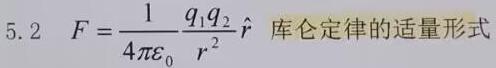
5.2 $F = \frac{1}{4\pi\varepsilon_0} \frac{q_1q_2}{r^2} \hat{r}$ 库仑定律的适量形式